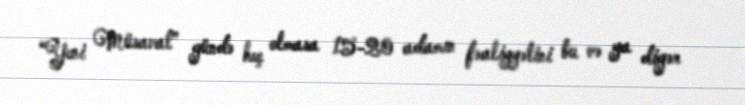
“Yeni Müsavat” gündə heç olmasa 15-20 adamın fəaliyyətini bu və ya digər